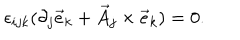
LaTeX: \epsilon _ { i j k } ( \partial _ { j } { \vec { e } } _ { k } + { \vec { A } } _ { j } \times { \vec { e } } _ { k } ) = 0 .